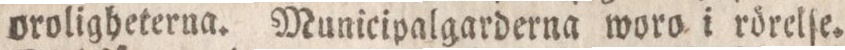
oroligheterna. Municipalgarderna woro i rörelſe.